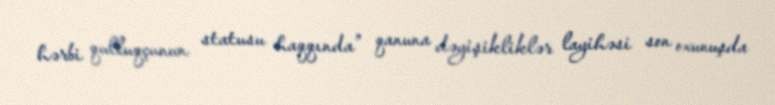
hərbi qulluqçunun statusu haqqında” qanuna dəyişikliklər layihəsi son oxunuşda